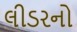
લીડરનો